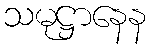
သမုဋ္ဌာနေန